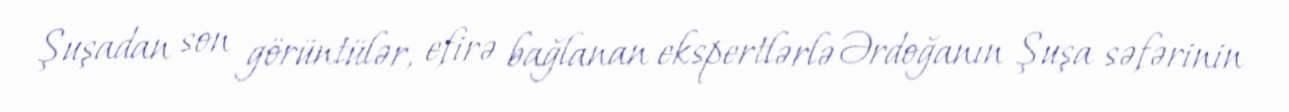
Şuşadan son görüntülər, efirə bağlanan ekspertlərlə Ərdoğanın Şuşa səfərinin